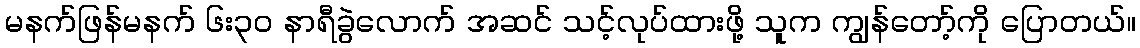
မနက်ဖြန်မနက် ၆း၃ဝ နာရီခွဲလောက် အဆင် သင့်လုပ်ထားဖို့ သူက ကျွန်တော့်ကို ပြောတယ်။